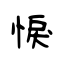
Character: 悷